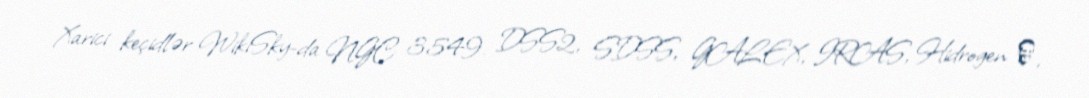
Xarici keçidlər WikiSky-da NGC 3549: DSS2, SDSS, GALEX, IRAS, Hidrogen α,